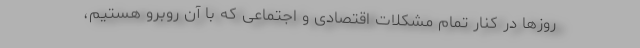
روزها در کنار تمام مشکلات اقتصادی و اجتماعی که با آن روبرو هستیم،